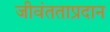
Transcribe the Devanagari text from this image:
जीवंतताप्रदान